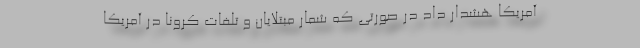
آمریکا هشدار داد در صورتی که شمار مبتلایان و تلفات کرونا در آمریکا